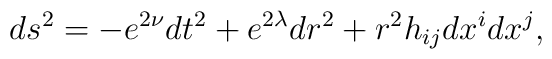
ds^2 = -e^{2\nu}dt^2 +e^{2\lambda}dr^2 +r^2 h_{ij}dx^idx^j,